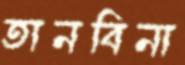
তানবিনা